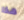
هذا